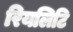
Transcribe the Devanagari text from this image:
रियलिटि